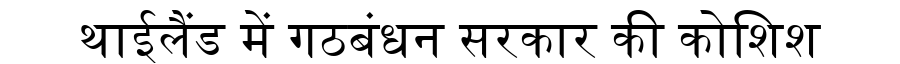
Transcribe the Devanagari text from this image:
थाईलैंड में गठबंधन सरकार की कोशिश